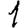
Digit: 1